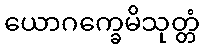
ယောဂက္ခေမိသုတ္တံ